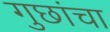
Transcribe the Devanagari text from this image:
गुछांचा